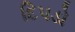
દિપડો